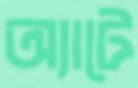
অ্যাটে